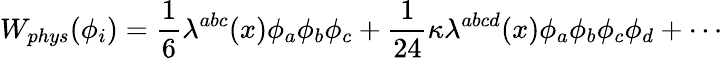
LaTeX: W_{phys}(\phi_{i})=\frac{1}{6}\lambda^{abc}(x)\phi_{a}\phi_{b}\phi_{c}+\frac{1}{24}\kappa\lambda^{abcd}(x)\phi_{a}\phi_{b}\phi_{c}\phi_{d}+\cdots